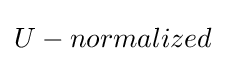
U-normalized